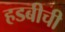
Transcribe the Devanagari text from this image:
हडबीची